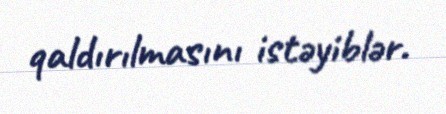
qaldırılmasını istəyiblər.